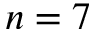
n = 7